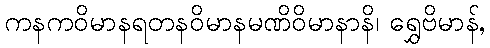
ကနကဝိမာနရတနဝိမာနမဏိဝိမာနာနိ၊ ရွှေဗိမာန်,